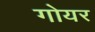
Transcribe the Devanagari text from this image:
गोयर